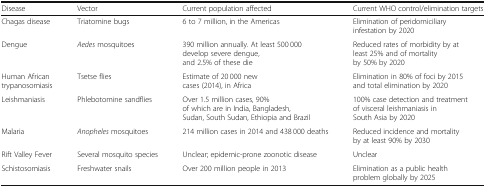
<table><thead><tr><td><b>Disease</b></td><td><b>Vector</b></td><td><b>Current population affected</b></td><td><b>Current WHO control/elimination targets</b></td></tr></thead><tbody><tr><td>Chagas disease</td><td>Triatomine bugs</td><td>6 to 7 million, in the Americas</td><td>Elimination of peridomiciliary infestation by 2020</td></tr><tr><td>Dengue</td><td><i>Aedes</i> mosquitoes</td><td>390 million annually. At least 500 000 develop severe dengue, and 2.5% of these die</td><td>Reduced rates of morbidity by at least 25% and of mortality by 50% by 2020</td></tr><tr><td>Human African trypanosomiasis</td><td>Tsetse flies</td><td>Estimate of 20 000 new cases (2014), in Africa</td><td>Elimination in 80% of foci by 2015 and total elimination by 2020</td></tr><tr><td>Leishmaniasis</td><td>Phlebotomine sandflies</td><td>Over 1.5 million cases, 90% of which are in India, Bangladesh, Sudan, South Sudan, Ethiopia and Brazil</td><td>100% case detection and treatment of visceral leishmaniasis in South Asia by 2020</td></tr><tr><td>Malaria</td><td><i>Anopheles</i> mosquitoes</td><td>214 million cases in 2014 and 438 000 deaths</td><td>Reduced incidence and mortality by at least 90% by 2030</td></tr><tr><td>Rift Valley Fever</td><td>Several mosquito species</td><td>Unclear; epidemic-prone zoonotic disease</td><td>Unclear</td></tr><tr><td>Schistosomiasis</td><td>Freshwater snails</td><td>Over 200 million people in 2013</td><td>Elimination as a public health problem globally by 2025</td></tr></tbody></table>